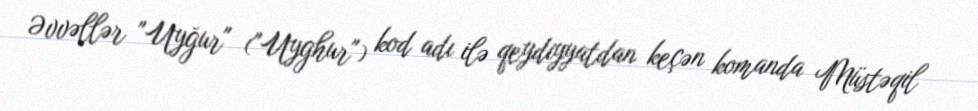
Əvvəllər "Uyğur" ("Uyghur") kod adı ilə qeydiyyatdan keçən komanda Müstəqil